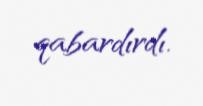
qabardırdı.